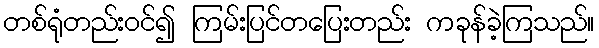
တစ်ရုံတည်းဝင်၍ ကြမ်းပြင်တပြေးတည်း ကခုန်ခဲ့ကြသည်။